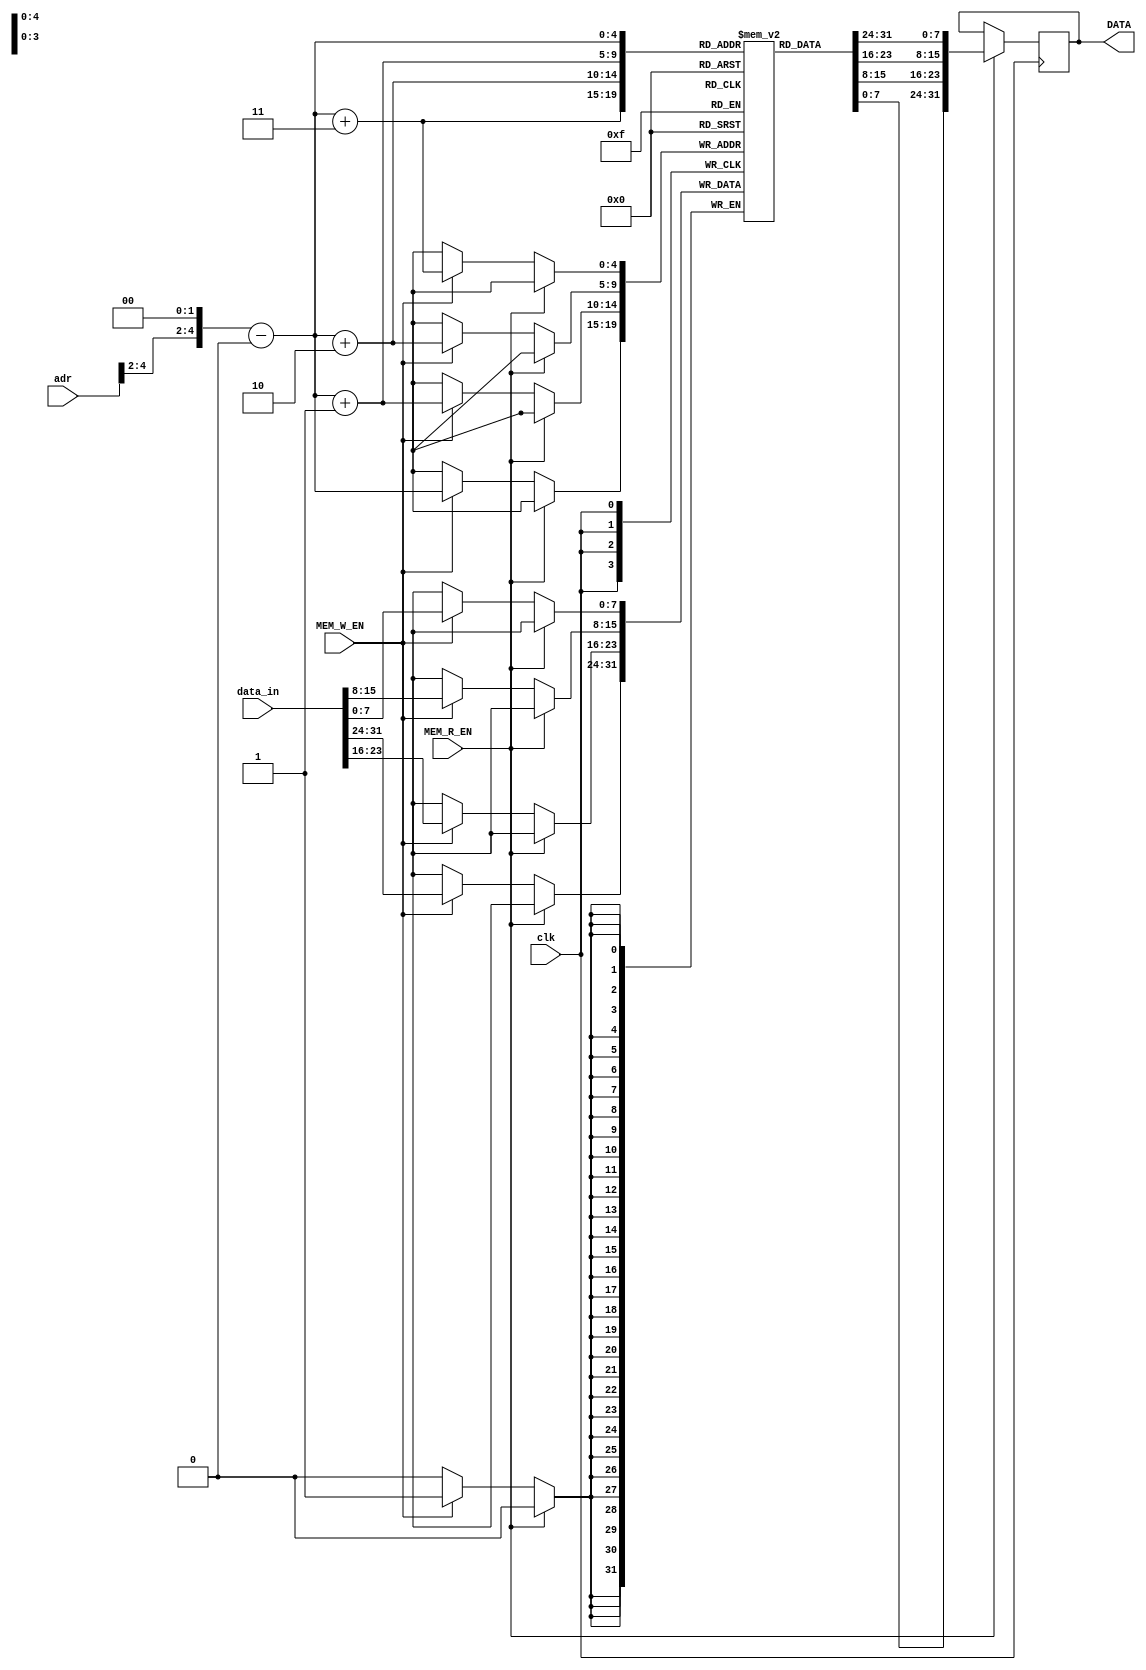
module memory(input clk,input [31:0]adr,data_in,input MEM_W_EN,MEM_R_EN,output reg[31:0]DATA);
wire [31:0]real_adr;
reg [7:0]mem[0:31];
    always @(negedge clk)begin
        if(MEM_R_EN)begin
            DATA <= {mem[((real_adr-32'd1024))],mem[((real_adr-32'd1024))+32'd1],mem[((real_adr-32'd1024))+32'd2],mem[((real_adr-32'd1024))+32'd3]};
        end
        else if(MEM_W_EN)begin
            {mem[((real_adr-32'd1024))],mem[((real_adr-32'd1024))+32'd1],mem[((real_adr-32'd1024))+32'd2],mem[((real_adr-32'd1024))+32'd3]} <= data_in; 
        end
    end
assign real_adr={adr[31:2],2'b0};
endmodule